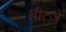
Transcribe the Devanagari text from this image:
तीत्ज़े